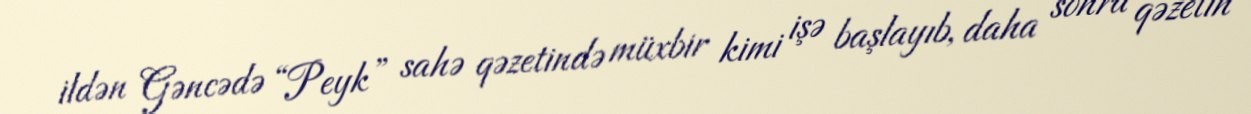
ildən Gəncədə “Peyk” sahə qəzetində müxbir kimi işə başlayıb, daha sonra qəzetin